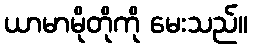
ယာမာမိုတိုကို မေးသည်။